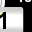
Digit: 1